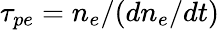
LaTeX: \tau_{pe}=n_{e}/(dn_{e}/dt)